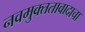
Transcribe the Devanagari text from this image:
नवमुक्ततावादाचा